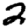
Digit: 2